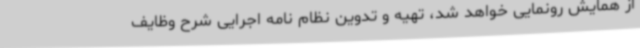
از همایش رونمایی خواهد شد، تهیه و تدوین نظام نامه اجرایی شرح وظایف